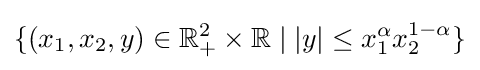
\{(x_{1},x_{2},y)\in \mathbb {R} _{+}^{2}\times \mathbb {R} \mid |y|\leq x_{1}^{\alpha }x_{2}^{1-\alpha }\}